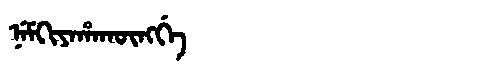
Manchu: ᠨᡝᠮᡴᡳᠶᠠᡥᠠᡴᡡᠩᡤᡝ
Romanization: NEMKIYAHAKŪNGGE